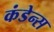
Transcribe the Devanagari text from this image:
कंडेन्स